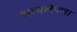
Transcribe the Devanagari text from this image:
साचलेपणा